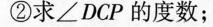
②求∠DCP的度数；